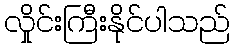
လှိုင်းကြီးနိုင်ပါသည်